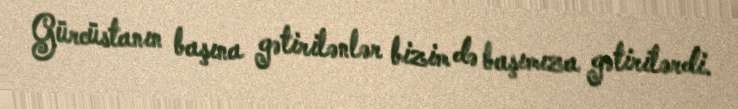
Gürcüstanın başına gətirilənlər bizim də başımıza gətirilərdi.